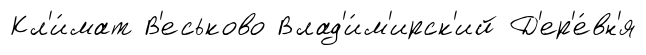
Кл'и́мат В'еськово Влад'и́м'ирск'ий Д'ер'е́вн'я